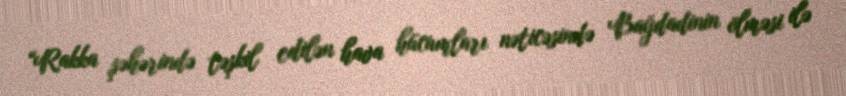
“Rakka şəhərində təşkil edilən hava hücumları nəticəsində Bağdadinin ölməsi ilə